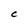
Character: C